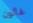
غالون